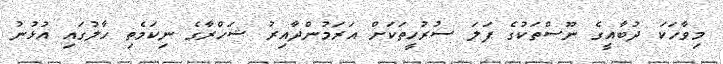
މިވާހަކަ ދުބާއީގެ ނޫސްތަކުގެ ފަލަ ސުރުހީތަކަށް އަރަމުންދާއިރު ޝަހްރާގެ ނިކަމެތި ހާލުގައި އުޅުނު